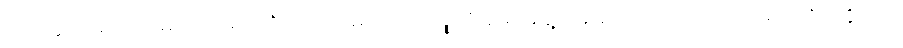
ဂုတ်တွင်းအကျော်မှာ ကားရပ်လိုက်ပါ လမ်းရှင်းတဲ့သုူကို ရှမ်းအဖွဲ့ကိုဆောင်ထားတဲ့ လက်မှတ်ကို ပြခိုင်းပါ။